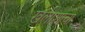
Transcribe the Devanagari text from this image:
खलाशाचा